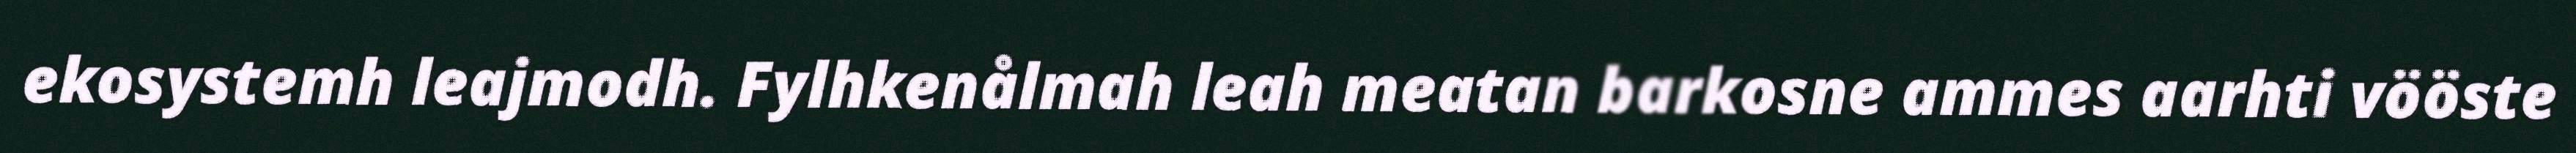
ekosystemh leajmodh. Fylhkenålmah leah meatan barkosne ammes aarhti vööste